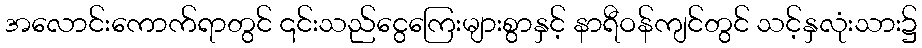
အလောင်းကောက်ရာတွင် ၎င်းသည်ငွေကြေးများစွာနှင့် နာရီဝန်ကျင်တွင် သင့်နှလုံးသား၌